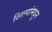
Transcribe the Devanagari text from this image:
शिल्पांमधून